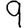
Digit: 9